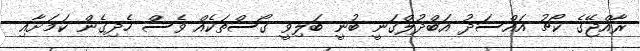
ރާއްޖޭގެ ކޯޗު އައްސަދު އަބްދުލްގަނީ ބުނީ ބަލިވީ ގޯސްތަކެއް ވެސް ހެދިގެން ކަމަށާއި